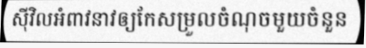
ស៊ីវិលអំពាវនាវឲ្យកែសម្រួលចំណុចមួយចំនួន